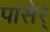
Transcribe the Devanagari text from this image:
पासेर्